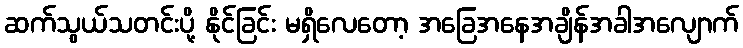
ဆက်သွယ်သတင်းပို့ နိုင်ခြင်း မရှိလေတော့ အခြေအနေအချိန်အခါအလျောက်